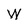
Character: W